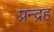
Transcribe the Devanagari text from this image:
प्रन्द्रह